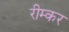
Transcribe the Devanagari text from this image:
रीम्कर